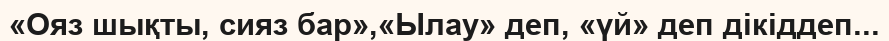
«Ояз шықты, сияз бар»,«Ылау» деп, «үй» деп дікіддеп...